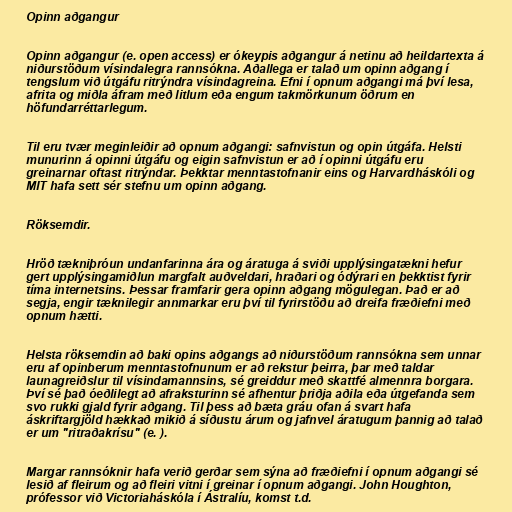
Opinn aðgangur

Opinn aðgangur (e. open access) er ókeypis aðgangur á netinu að heildartexta á
niðurstöðum vísindalegra rannsókna. Aðallega er talað um opinn aðgang í
tengslum við útgáfu ritrýndra vísindagreina. Efni í opnum aðgangi má því lesa,
afrita og miðla áfram með litlum eða engum takmörkunum öðrum en
höfundarréttarlegum.

Til eru tvær meginleiðir að opnum aðgangi: safnvistun og opin útgáfa. Helsti
munurinn á opinni útgáfu og eigin safnvistun er að í opinni útgáfu eru
greinarnar oftast ritrýndar. Þekktar menntastofnanir eins og Harvardháskóli og
MIT hafa sett sér stefnu um opinn aðgang.

Röksemdir.

Hröð tækniþróun undanfarinna ára og áratuga á sviði upplýsingatækni hefur
gert upplýsingamiðlun margfalt auðveldari, hraðari og ódýrari en þekktist fyrir
tíma internetsins. Þessar framfarir gera opinn aðgang mögulegan. Það er að
segja, engir tæknilegir annmarkar eru því til fyrirstöðu að dreifa fræðiefni með
opnum hætti.

Helsta röksemdin að baki opins aðgangs að niðurstöðum rannsókna sem unnar
eru af opinberum menntastofnunum er að rekstur þeirra, þar með taldar
launagreiðslur til vísindamannsins, sé greiddur með skattfé almennra borgara.
Því sé það óeðlilegt að afraksturinn sé afhentur þriðja aðila eða útgefanda sem
svo rukki gjald fyrir aðgang. Til þess að bæta gráu ofan á svart hafa
áskriftargjöld hækkað mikið á síðustu árum og jafnvel áratugum þannig að talað
er um "ritraðakrísu" (e. ).

Margar rannsóknir hafa verið gerðar sem sýna að fræðiefni í opnum aðgangi sé
lesið af fleirum og að fleiri vitni í greinar í opnum aðgangi. John Houghton,
prófessor við Victoriaháskóla í Ástralíu, komst t.d.